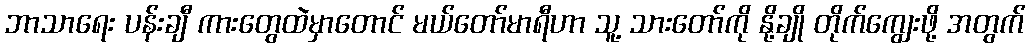
ဘာသာရေး ပန်းချီ ကားတွေထဲမှာတောင် မယ်တော်မာရီဟာ သူ့ သားတော်ကို နို့ချို တိုက်ကျွေးဖို့ အတွက်